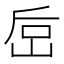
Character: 𰎚